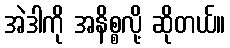
အဲဒါကို အနိစ္စလို့ ဆိုတယ်။